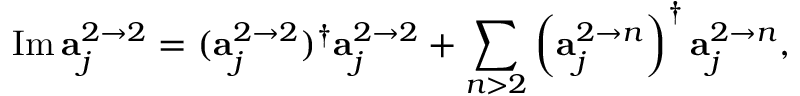
\mathrm { I m } \, { \bf a } _ { j } ^ { 2 \rightarrow 2 } = ( { \bf a } _ { j } ^ { 2 \rightarrow 2 } ) ^ { \dagger } { \bf a } _ { j } ^ { 2 \rightarrow 2 } + \sum _ { n > 2 } \left( { \bf a } _ { j } ^ { 2 \rightarrow n } \right) ^ { \dagger } { \bf a } _ { j } ^ { 2 \rightarrow n } ,